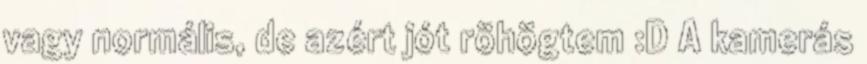
vagy normális, de azért jót röhögtem :D A kamerás